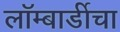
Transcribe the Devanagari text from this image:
लॉम्बार्डीचा